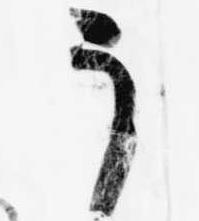
う